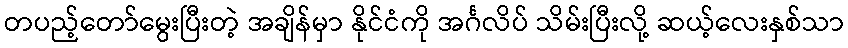
တပည့်တော်မွေးပြီးတဲ့ အချိန်မှာ နိုင်ငံကို အင်္ဂလိပ် သိမ်းပြီးလို့ ဆယ့်လေးနှစ်သာ